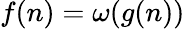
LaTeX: f(n)=\omega(g(n))